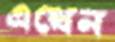
এথেন